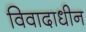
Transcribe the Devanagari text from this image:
विवादाधीन